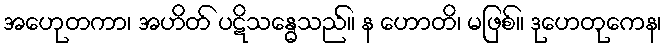
အဟေုတကာ၊ အဟိတ် ပဋိသန္ဓေသည်။ န ဟောတိ၊ မဖြစ်။ ဒုဟေတုကေန၊